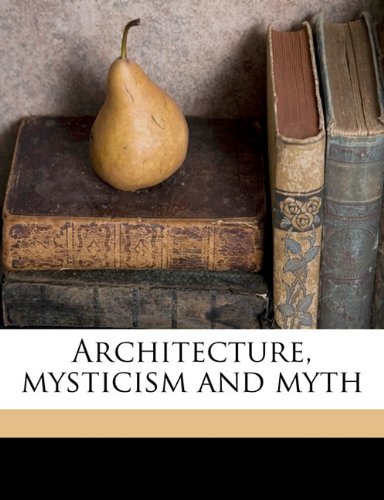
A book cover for Architecture, mysticism and myth; W R. 1857-1931 Lethaby; Crafts, Hobbies & Home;